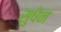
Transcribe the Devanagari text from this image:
सुषेन